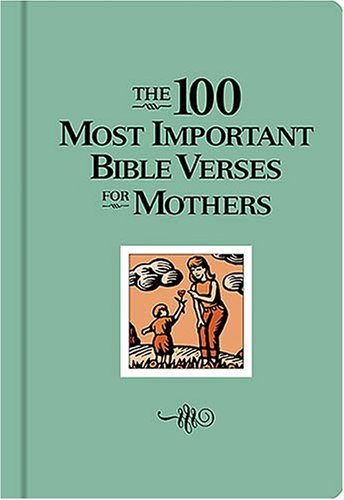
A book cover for The 100 Most Important Bible Verses for Mothers; W Publishing Group; Christian Books & Bibles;